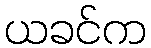
ယခင်က